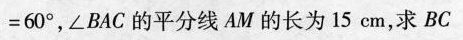
= 6 0 °$$，∠BAC的平分线AM的长为15cm，求BC